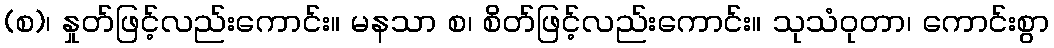
(စ)၊ နှုတ်ဖြင့်လည်းကောင်း။ မနသာ စ၊ စိတ်ဖြင့်လည်းကောင်း။ သုသံဝုတာ၊ ကောင်းစွာ